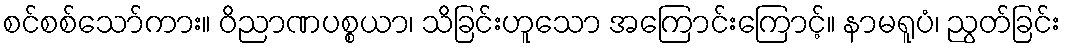
စင်စစ်သော်ကား။ ဝိညာဏပစ္စယာ၊ သိခြင်းဟူသော အကြောင်းကြောင့်။ နာမရူပံ၊ ညွတ်ခြင်း